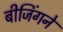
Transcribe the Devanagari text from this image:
बीजिंगने